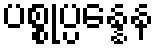
ပစ္စုပ္ပန္နေန